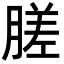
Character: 䐤